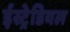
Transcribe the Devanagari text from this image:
ईस्ट्रेडियल